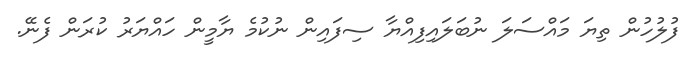
ފުލުހުން ތިޔަ މައްސަލަ ނުބަލައިފިއްޔާ ސިފައިން ނުކުމެ ޔާމީން ހައްޔަރު ކުރަން ފެނޭ.